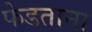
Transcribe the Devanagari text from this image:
फेडताना